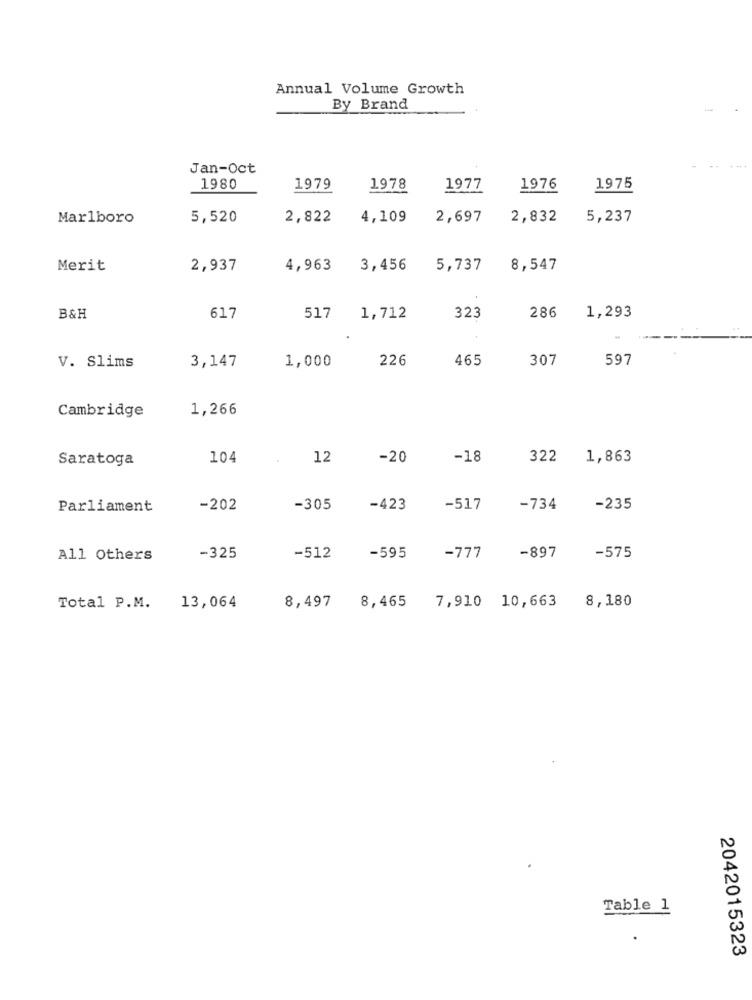
Annual Volume Growth
By Brand
Jan-Oct
1980
1979
1978
1977
1976
1975
Marlboro
5,520
2,822
4,109
2,697
2,832
5,237
Merit
2,937
4,963
3,456
5,737
8,547
517
B&H
617
1,712
323
286
1,293
3,147
1,000
226
465
307
597
V. Slims
1,266
Cambridge
Saratoga
104
12
-20
-18
322
1,863
Parliament
-202
-305
-423
-517
-734
-235
-897
All Others
-325
-512
-595
-777
-575
8,497
Total P.M.
13,064
8,465
7,910 10,663
8,180
Table 1
2042015323